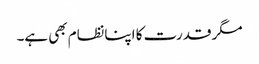
مگر قدرت کا اپنانظام بھی ہے۔